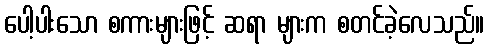
ပေါ့ပါးသော စကားများဖြင့် ဆရာ များက စတင်ခဲ့လေသည်။